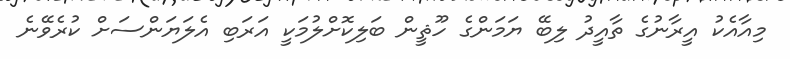
މިއާއެކު އީރާނުގެ ތާއީދު ލިބޭ ޔަމަންގެ ހޫޘީން ބަލިކޮށްލުމަކީ އަރަބި އެލަޔަންސަށް ކުރެވޭނެ